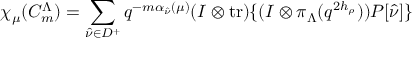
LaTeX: \chi _ { \mu } ( C _ { m } ^ { \Lambda } ) = \sum _ { \hat { \nu } \in D ^ { + } } q ^ { - m \alpha _ { \hat { \nu } } ( \mu ) } ( I \otimes \mathrm { t r } ) \{ ( I \otimes \pi _ { \Lambda } ( q ^ { 2 h _ { \rho } } ) ) P [ \hat { \nu } ] \}